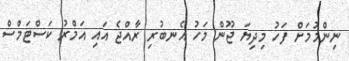
ނިންމުމަށް ފަހު މިިދިޔަ ޖޫން މަހު އެނބުރި ރާއްޖެ އައި އަމްރު ކަސްޓަމްސް